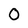
Character: O